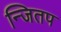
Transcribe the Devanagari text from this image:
न्जितप